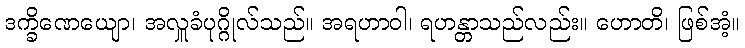
ဒက္ခိဏေယျော၊ အလှူခံပုဂ္ဂိုလ်သည်။ အရဟာဝါ၊ ရဟန္တာသည်လည်း။ ဟောတိ၊ ဖြစ်အံ့။